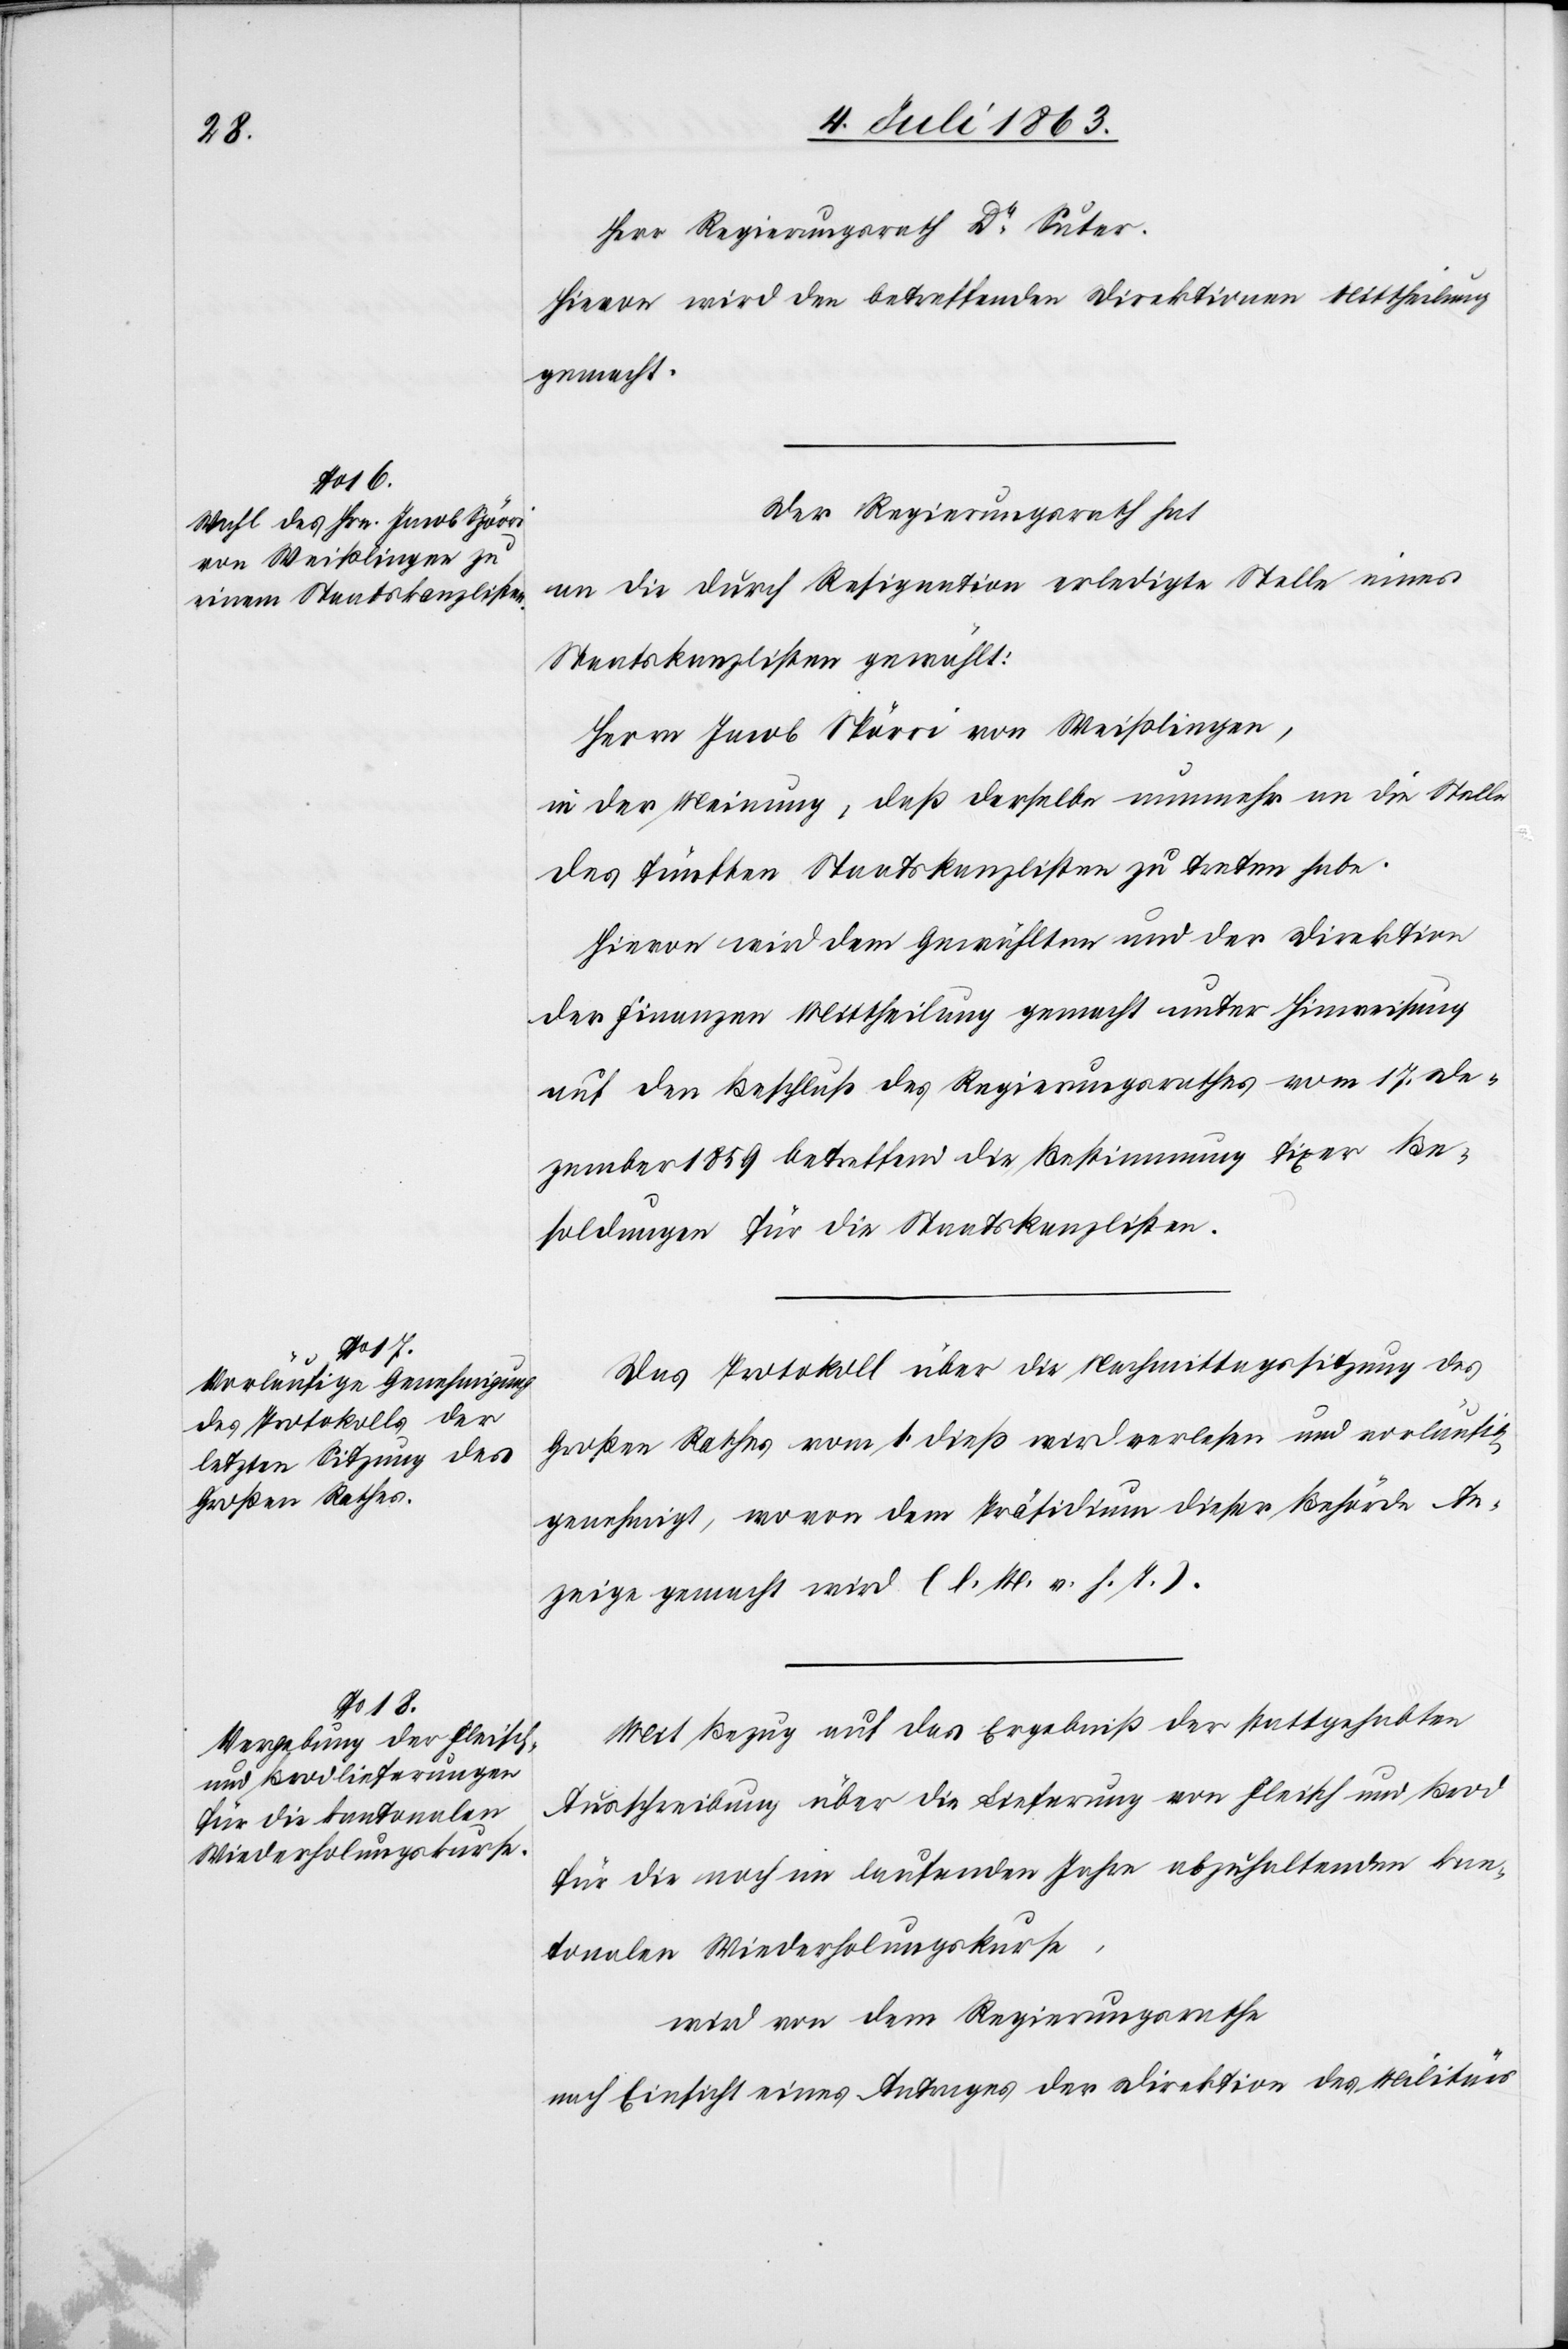
Herr Regierungsrath Dr Suter.
Hievon wird den betreffenden Direktionen Mittheilung
gemacht.
Der Regierungsrath hat
an die durch Resignation erledigte Stelle eines
Staatskanzlisten gewählt:
Herrn Jacob Spörri von Weißlingen,
in der Meinung, daß derselbe nunmehr an die Stelle
des fünften Staatskanzlisten zu treten habe.
Hievon wird dem Gewählten und der Direktion
der Finanzen Mittheilung gemacht unter Hinweisung
auf den Beschluß des Regierungsrathes vom 17. De¬
zember 1859 betreffend die Bestimmung fixer Be¬
soldungen für die Staatskanzlisten.
Das Protokoll über die Nachmittagssitzung des
Großen Rathes vom 1. dieß wird verlesen und vorläufig
genehmigt, wovon dem Präsidium dieser Behörde An¬
zeige gemacht wird (l. M. v. h. T.).
Mit Bezug auf das Ergebniß der stattgehabten
Ausschreibung über die Lieferung von Fleisch und Brod
für die noch im laufenden Jahre abzuhaltenden kan¬
tonalen Wiederholungskurse,
wird von dem Regierungsrathe
nach Einsicht eines Antrages der Direktion des Militärs